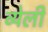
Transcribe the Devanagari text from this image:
व्येली